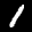
Label: 1